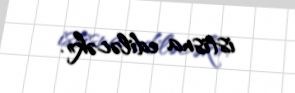
istisna ediləcək».